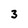
Character: 3